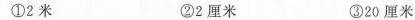
①2米 ②2厘米 ③20厘米